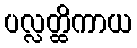
ပလ္လတ္ထိကာယ